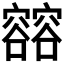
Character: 𰍢